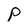
Character: P